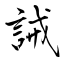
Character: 誡